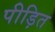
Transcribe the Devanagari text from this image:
पीड़ित